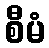
စီမံ